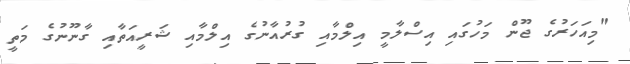
"މިއަހަރުގެ ޖޫން މަހުގައި އިސްލާމީ އިލްމާއި ގުރުއާނުގެ އިލްމާއި ޝަރީއަތާއި ގާނޫނުގެ މަތީ